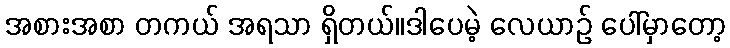
အစားအစာ တကယ် အရသာ ရှိတယ်။ဒါပေမဲ့ လေယာဉ် ပေါ်မှာတော့